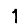
Digit: 1